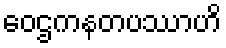
ဝေဌကနတပဿာဟိ